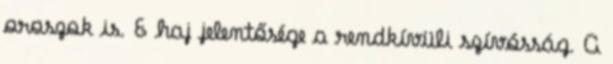
oroszok is. E haj jelentősége a rendkívüli szívósság. A